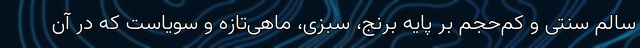
سالم سنتی و کم‌حجم بر پایه برنج، سبزی‌، ماهی‌تازه و سویاست که در آن